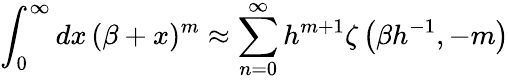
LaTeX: \int_{0}^{\infty}dx\, (\beta+x)^{m}\approx\sum_{n=0}^{\infty}h^{m+1}\zeta\left(\beta h^{-1},-m\right)